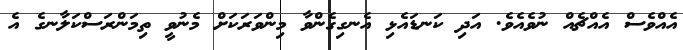
އެއްވެސް އެއްޗެއް ނުވެއެވެ. އަދި ކަނޑައެޅި އެނގިގެންވާ މިންވަރަކަށް މެނުވީ ތިމަންރަސްކަލާނގެ އެ